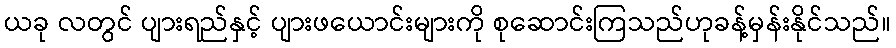
ယခု လတွင် ပျားရည်နှင့် ပျားဖယောင်းများကို စုဆောင်းကြသည်ဟုခန့်မှန်းနိုင်သည်။